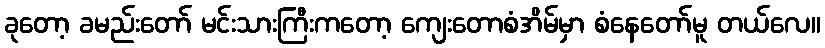
ခုတော့ ခမည်းတော် မင်းသားကြီးကတော့ ကျေးတောစံအိမ်မှာ စံနေတော်မူ တယ်လေ။